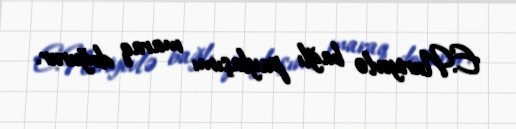
E.Nuriyevlə bağlı paylaşımı maraq doğurur.